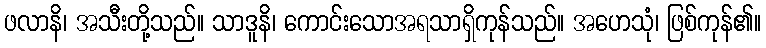
ဖလာနိ၊ အသီးတို့သည်။ သာဒူနိ၊ ကောင်းသောအရသာရှိကုန်သည်။ အဟေသုံ၊ ဖြစ်ကုန်၏။